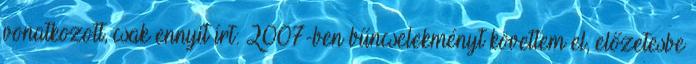
vonatkozott, csak ennyit írt: 2007-ben bűncselekményt követtem el, előzetesbe